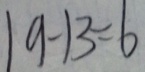
1 9 - 1 3 = 6